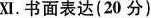
XI. 书面表达(20分)